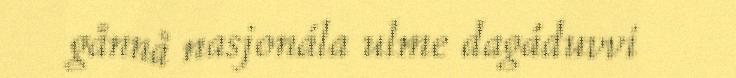
gånnå nasjonála ulme dagáduvvi